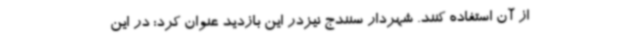
از آن استفاده کنند. شهردار سنندج نیزدر این بازدید عنوان کرد: در این